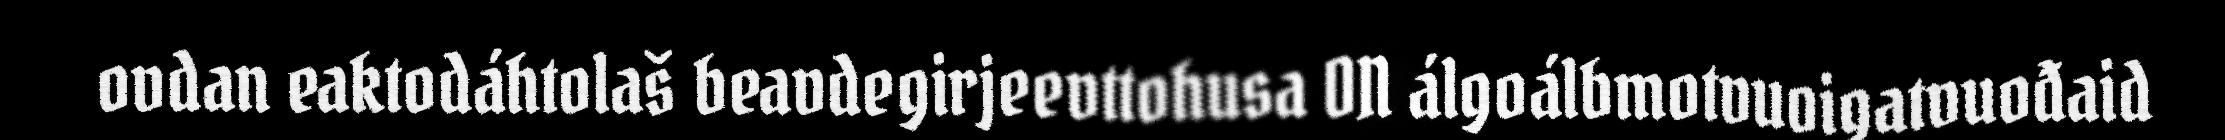
ovdan eaktodáhtolaš beavdegirjeevttohusa ON álgoálbmotvuoigatvuođaid